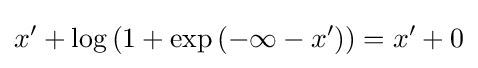
x'+\log \left(1+\exp \left(-\infty -x'\right)\right)=x'+0